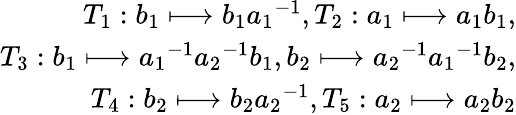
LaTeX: \begin{array}{r}{T_{1}:b_{1}\longmapsto b_{1}{a_{1}}^{-1},T_{2}:a_{1}\longmapsto a_{1}b_{1},}\\ {T_{3}:b_{1}\longmapsto{a_{1}}^{-1}{a_{2}}^{-1}b_{1},b_{2}\longmapsto{a_{2}}^{-1}{a_{1}}^{-1}b_{2},}\\ {T_{4}:b_{2}\longmapsto b_{2}{a_{2}}^{-1},T_{5}:a_{2}\longmapsto a_{2}b_{2}}\end{array}